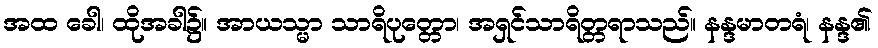
အထ ခေါ၊ ထိုအခါ၌။ အာယသ္မာ သာရိပုတ္တော၊ အရှင်သာရိတ္တရာသည်။ နန္ဒမာတရံ၊ နန္ဒ၏